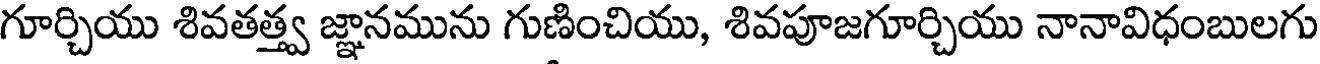
గూర్చియు శివతత్త్వ జ్ఞానమును గుణించియు, శివపూజగూర్చియు నానావిధంబులగు